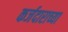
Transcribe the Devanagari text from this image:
कर्जदाराच्या